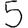
Digit: 5